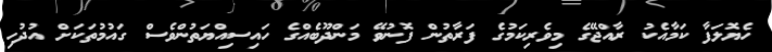
ހެޔޮލަފާ ކަމާއެކު ރާއްޖޭގެ މިވެރިކަމުގެ ފަރާތުން ފޮނުވޭ މަންދޫބެއްގެ ހައިސިއްޔަތުންވެސް ގައުމުތަކަށް އުދުހި